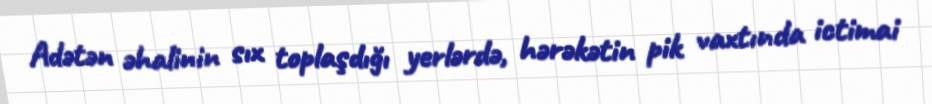
Adətən əhalinin sıx toplaşdığı yerlərdə, hərəkətin pik vaxtında ictimai